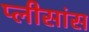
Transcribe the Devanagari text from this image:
प्लीसांस